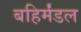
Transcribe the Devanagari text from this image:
बहिर्मंडल